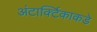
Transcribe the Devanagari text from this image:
अंटार्क्टिकाकडे